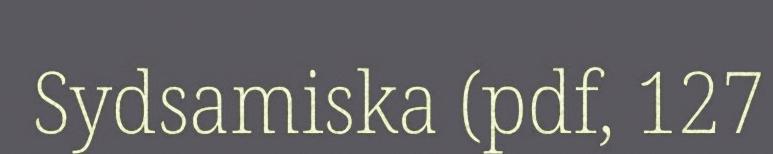
Sydsamiska (pdf, 127